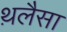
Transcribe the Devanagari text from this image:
थ़लैसा